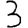
Digit: 3